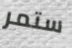
ستمر